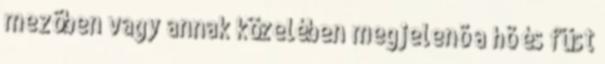
mezõben vagy annak közelében megjelenõ a hõ és füst